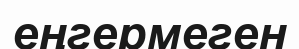
еңгермеген